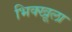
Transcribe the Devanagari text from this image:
भिक्खूला